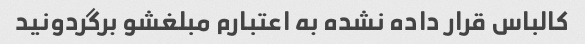
کالباس قرار داده نشده به اعتبارم مبلغشو برگردونید